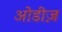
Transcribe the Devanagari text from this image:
ओडीज़